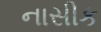
નાસીક